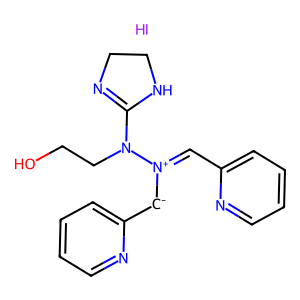
SMILES: I.OCCN(C1=NCCN1)[N+](=Cc1ccccn1)[CH-]c1ccccn1
Inhibits HIV replication: No